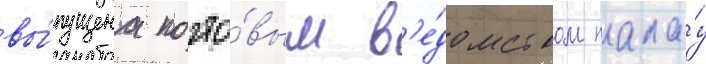
вы́пущена почто́вым в'е́домством пала́у